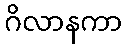
ဂိလာနကာ